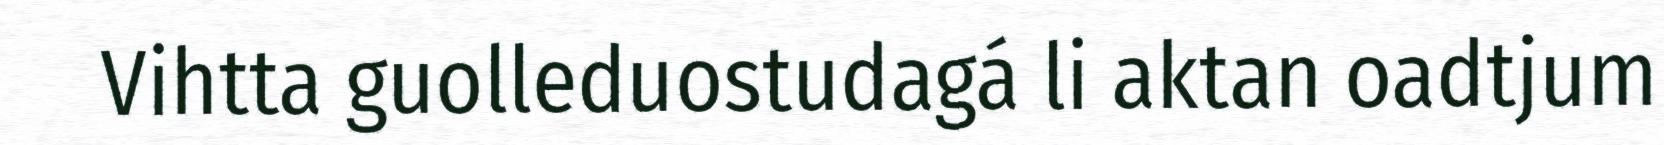
Vihtta guolleduostudagá li aktan oadtjum